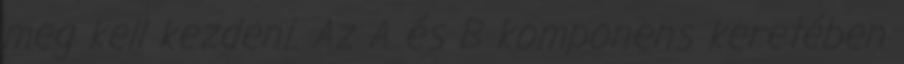
meg kell kezdeni. Az A és B komponens keretében